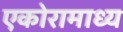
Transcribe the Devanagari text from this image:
एकोरामाध्य